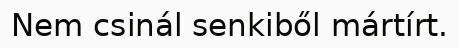
Nem csinál senkiből mártírt.